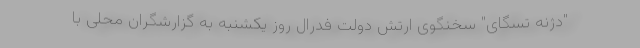
"دژنه تسگای" سخنگوی ارتش دولت فدرال روز یکشنبه به گزارشگران محلی با